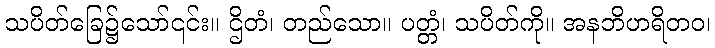
သပိတ်ခြေ၌သော်၎င်း။ ဌိတံ၊ တည်သော။ ပတ္တံ၊ သပိတ်ကို။ အနဘိဟရိတဝ၊